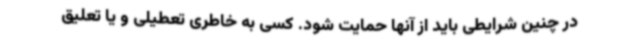
در چنین شرایطی باید از آنها حمایت شود. کسی به خاطری تعطیلی و یا تعلیق